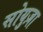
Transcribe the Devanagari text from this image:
सोयुज़ा